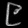
Digit: ၉